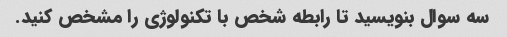
سه سوال بنویسید تا رابطه شخص با تکنولوژی را مشخص کنید.